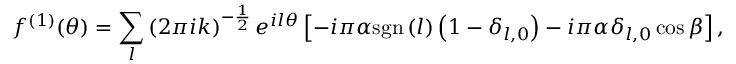
f ^ { \left( 1 \right) } ( \theta ) = \sum _ { l } \left( 2 \pi i k \right) ^ { - \frac { 1 } { 2 } } e ^ { i l \theta } \left[ - i \pi \alpha \mathrm { s g n } \left( l \right) \left( 1 - \delta _ { l , 0 } \right) - i \pi \alpha \delta _ { l , 0 } \cos \beta \right] ,